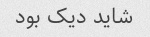
شاید دیک بود